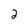
Character: 2